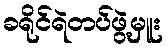
ခရိုင်ရဲတပ်ဖွဲ့မှူး